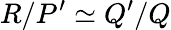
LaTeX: R/P^{\prime}\simeq Q^{\prime}/Q